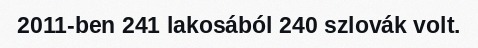
2011-ben 241 lakosából 240 szlovák volt.